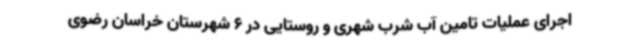
اجرای عملیات تامین آب شرب شهری و روستایی در 6 شهرستان خراسان رضوی